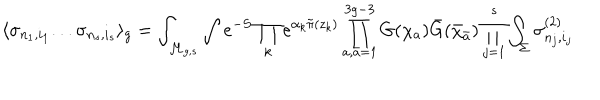
\langle \sigma _ { n _ { 1 } , i _ { 1 } } . . . \sigma _ { n _ { s } , i _ { s } } \rangle _ { g } = \int _ { { \cal M } _ { g , s } } \int e ^ { - S } \prod _ { k } e ^ { \alpha _ { k } { \tilde { \pi } } ( z _ { k } ) } \prod _ { a , { \bar { a } } = 1 } ^ { 3 g - 3 } G ( \chi _ { a } ) { \bar { G } } ( { \bar { \chi } } _ { \bar { a } } ) \prod _ { j = 1 } ^ { s } \int _ { \Sigma } \sigma _ { n _ { j } , i _ { j } } ^ { ( 2 ) }